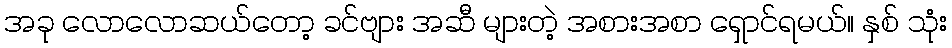
အခု လောလောဆယ်တော့ ခင်ဗျား အဆီ များတဲ့ အစားအစာ ရှောင်ရမယ်။ နှစ် သုံး